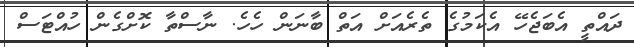
ދައްތީ އެބަޖެހޭ އެކަމުގެ ތެރެއަށް އަތް ބާނަން ހެހެ. ނާސްތާ ކޮށްގެން ހުއްޓަސް